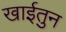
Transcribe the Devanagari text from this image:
खाईतुन